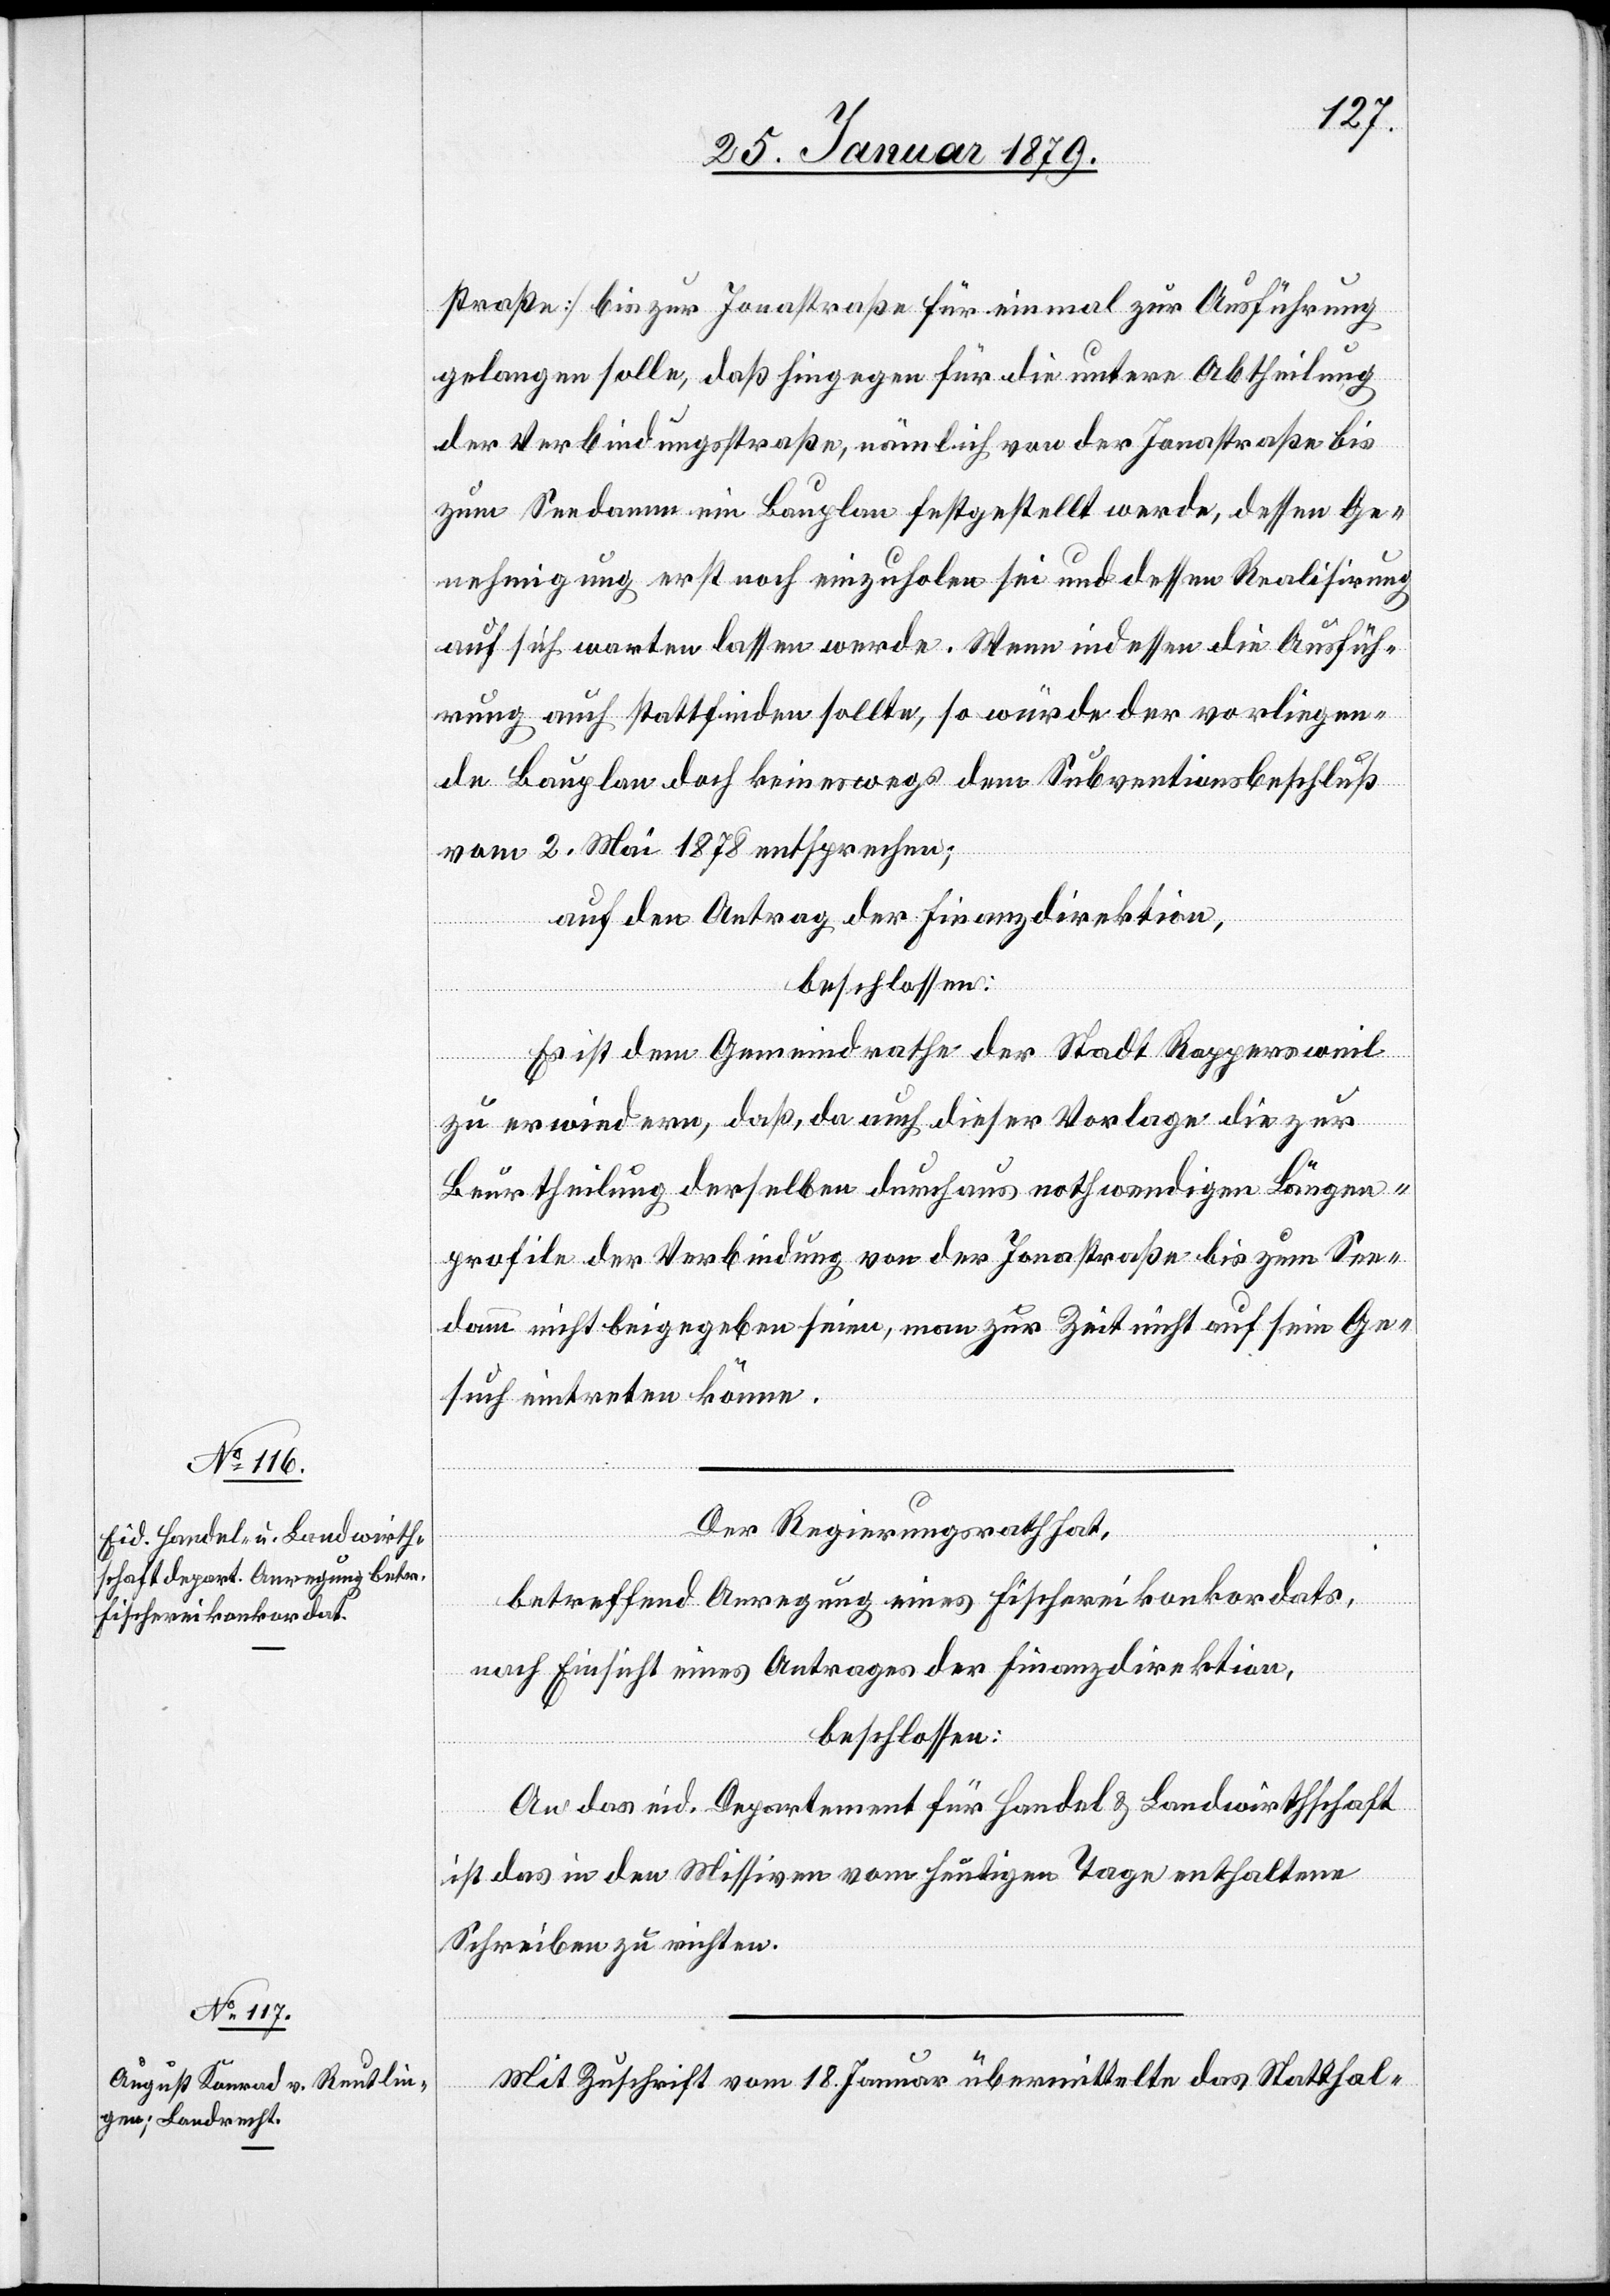
straße] bis zur Jonastraße für einmal zur Ausführung
gelangen solle, daß hingegen für die untere Abtheilung
der Verbindungsstraße, nämlich von der Jonastraße bis
zum Seedamm ein Bauplan festgestellt werde, dessen Ge¬
nehmigung erst noch einzuholen sei und dessen Realisirung
auf sich warten lassen werde. Wenn indessen die Ausfüh¬
rung auch stattfinden sollte, so würde der vorliegen¬
de Bauplan doch keineswegs dem Subventionsbeschluß
vom 2. Mai 1878 entsprechen;
auf den Antrag der Finanzdirektion,
beschlossen:
Es ist dem Gemeindrathe der Stadt Rappersweil
zu erwiedern, daß, da auch dieser Vorlage die zur
Beurtheilung derselben durchaus nothwendigen Längen¬
profile der Verbindung von der Jonastraße bis zum See¬
damm nicht beigegeben seien, man zur Zeit nicht auf sein Ge¬
such eintreten könne.
Der Regierungsrath hat,
betreffend Anregung eines Fischereikonkordats,
nach Einsicht eines Antrages der Finanzdirektion,
beschlossen:
An das eid. Departement für Handel & Landwirthschaft
ist das in den Missiven vom heutigen Tage enthaltene
Schreiben zu richten.
Mit Zuschrift vom 18. Januar übermittelt das Statthal-